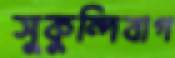
সুকুন্দিবাগ